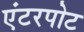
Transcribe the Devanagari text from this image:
एंटरपोट